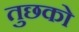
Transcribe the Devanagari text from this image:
तुछको